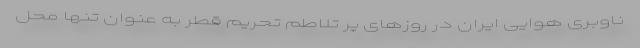
ناوبری هوایی ایران در روزهای پر تلاطم تحریم قطر به عنوان تنها محل